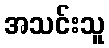
အသင်းသူ